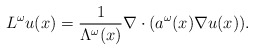
\begin{align*}L^{\omega} u(x) = \frac{1}{\Lambda^\omega(x)}\nabla\cdot(a^\omega(x)\nabla u(x)).\end{align*}